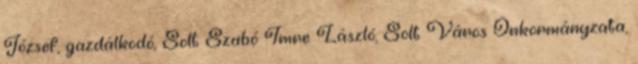
József, gazdálkodó, Solt Szabó Imre László, Solt Város Önkormányzata,